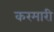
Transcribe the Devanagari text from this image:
करमारी